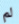
لم